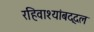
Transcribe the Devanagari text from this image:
रहिवाश्यांबद्दल